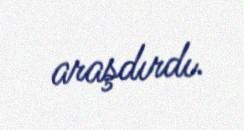
araşdırdı.